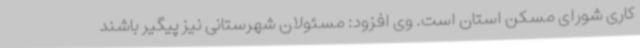
کاری شورای مسکن استان است. وی افزود: مسئولان شهرستانی نیز پیگیر باشند